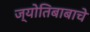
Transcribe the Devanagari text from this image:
ज्योतिबाबाचे